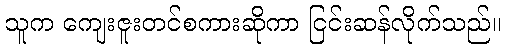
သူက ကျေးဇူးတင်စကားဆိုကာ ငြင်းဆန်လိုက်သည်။